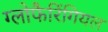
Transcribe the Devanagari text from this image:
ग्लोफैरिंगियल